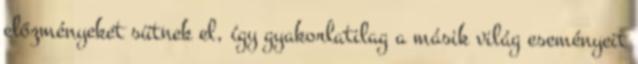
előzményeket sütnek el, így gyakorlatilag a másik világ eseményeit